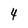
Character: 4